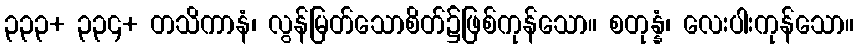
၃၃၃+ ၃၃၄+ တသိကာနံ၊ လွန်မြတ်သောစိတ်၌ဖြစ်ကုန်သော။ စတုန္နံ၊ လေးပါးကုန်သော။